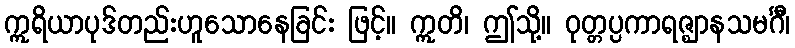
ဣရိယာပုဒ်တည်းဟူသောနေခြင်း ဖြင့်။ ဣတိ၊ ဤသို့။ ဝုတ္တပ္ပကာရဇ္ဈာနသမင်္ဂီ၊